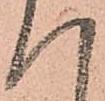
つ